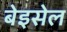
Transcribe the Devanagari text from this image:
बेइसेल